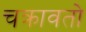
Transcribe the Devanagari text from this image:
चक्रावतो